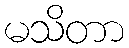
မသိတာ